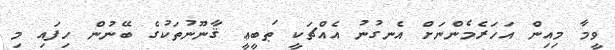
ވީމާ މިއިން އަހަރެމެންނަށް އެނގުނު އެއްޗަކީ ޠަބީޢީ ޤާނޫނުތަކުގެ ބޭނުން ހިފައި މި